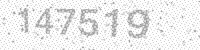
Solution: 147519